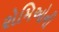
રોમિઓની